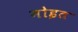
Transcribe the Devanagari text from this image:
मोइत